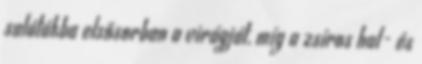
salátákba elsősorban a virágját, míg a zsíros hal- és